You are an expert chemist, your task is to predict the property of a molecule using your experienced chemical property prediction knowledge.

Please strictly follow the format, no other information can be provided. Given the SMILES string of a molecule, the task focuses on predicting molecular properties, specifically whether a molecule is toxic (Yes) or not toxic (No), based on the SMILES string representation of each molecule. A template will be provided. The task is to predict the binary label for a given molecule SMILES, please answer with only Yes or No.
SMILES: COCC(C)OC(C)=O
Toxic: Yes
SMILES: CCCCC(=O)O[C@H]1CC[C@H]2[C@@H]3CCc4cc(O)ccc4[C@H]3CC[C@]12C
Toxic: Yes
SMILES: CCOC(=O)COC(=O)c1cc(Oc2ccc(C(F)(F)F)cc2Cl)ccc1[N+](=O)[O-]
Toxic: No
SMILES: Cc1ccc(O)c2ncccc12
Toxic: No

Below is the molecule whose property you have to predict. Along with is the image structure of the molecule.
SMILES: CCC(CC)CO
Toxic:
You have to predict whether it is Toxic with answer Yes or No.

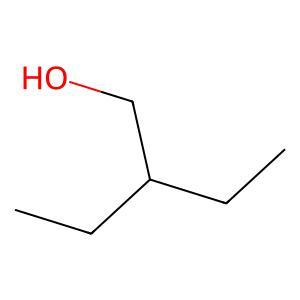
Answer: No